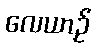
လေယာဉ်